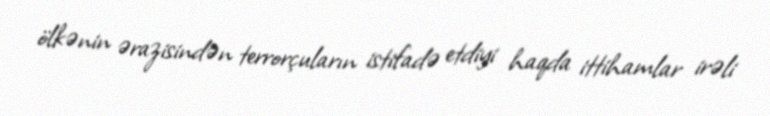
ölkənin ərazisindən terrorçuların istifadə etdiyi haqda ittihamlar irəli